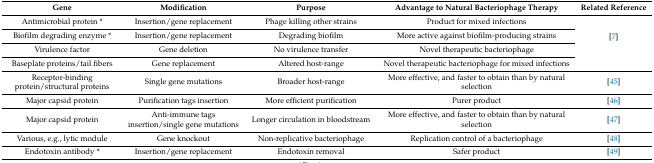
| Gene | Modification | Purpose | Advantage to Natural Bacteriophage Therapy | Related Reference |
 | --- | --- | --- | --- | --- |
 | Antimicrobial protein * | Insertion/gene replacement | Phage killing other strains | Product for mixed infections | <ROWSPAN=4> [7] |
 | Biofilm degrading enzyme * | Insertion/gene replacement | Degrading biofilm | More active against biofilm-producing strains |
 | Virulence factor | Gene deletion | No virulence transfer | Novel therapeutic bacteriophage |
 | Baseplate proteins/tail fibers | Gene replacement | Altered host-range | Novel therapeutic bacteriophage for mixed infections |
 | Receptor-binding protein/structural proteins | Single gene mutations | Broader host-range | More effective, and faster to obtain than by natural selection | [45] |
 | Major capsid protein | Purification tags insertion | More efficient purification | Purer product | [46] |
 | Major capsid protein | Anti-immune tags insertion/single gene mutations | Longer circulation in bloodstream | More effective, and faster to obtain than by natural selection | [47] |
 | Various, e.g., lytic module | Gene knockout | Non-replicative bacteriophage | Replication control of a bacteriophage | [48] |
 | Endotoxin antibody * | Insertion/gene replacement | Endotoxin removal | Safer product | [49] |